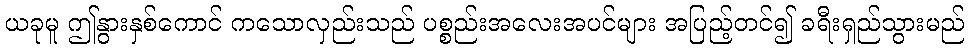
ယခုမူ ဤနွားနှစ်ကောင် ကသောလှည်းသည် ပစ္စည်းအလေးအပင်များ အပြည့်တင်၍ ခရီးရှည်သွားမည်